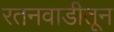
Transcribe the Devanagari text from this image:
रतनवाडीतून